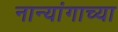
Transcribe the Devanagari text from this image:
नान्यांगाच्या